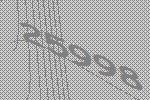
25998